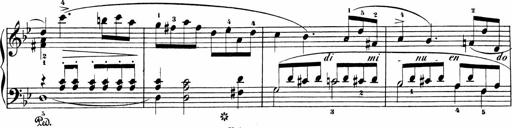
Title: Sonatinen Op.47, 98 und 136, nebst 6 Liedersonatinen
Composer: Carl Reinecke